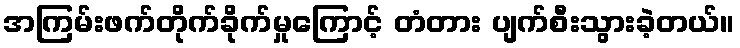
အကြမ်းဖက်တိုက်ခိုက်မှုကြောင့် တံတား ပျက်စီးသွားခဲ့တယ်။